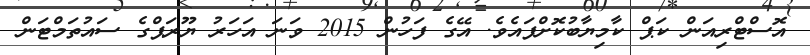
އޮސްޓްރިއަން ކަޕް ކާމިޔާބުކޮށްފައެވެ. އޭގެ ފަހުން 2015 ވަނަ އަހަރު ޔޫރަޕްގެ ސައުތަމްޓަން